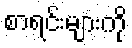
စာရင်းများကို